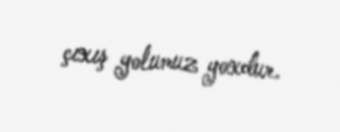
çıxış yolumuz yoxdur.